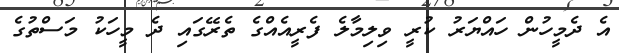
އެ ދެމީހުން ހައްޔަރު ކުރީ ވިލިމާލެ ފެރީއެއްގެ ތެރޭގައި ދެ މީހަކު މަސްތުގެ